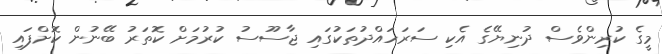
މީގެ ކުރިންވެސް ދުނިޔޭގެ އެކި ސަރަހައްދުތަކުގައި ޖާސޫސު ކުރުމަށް ކޮތަރު ބޭނުން ކޮށްފައި